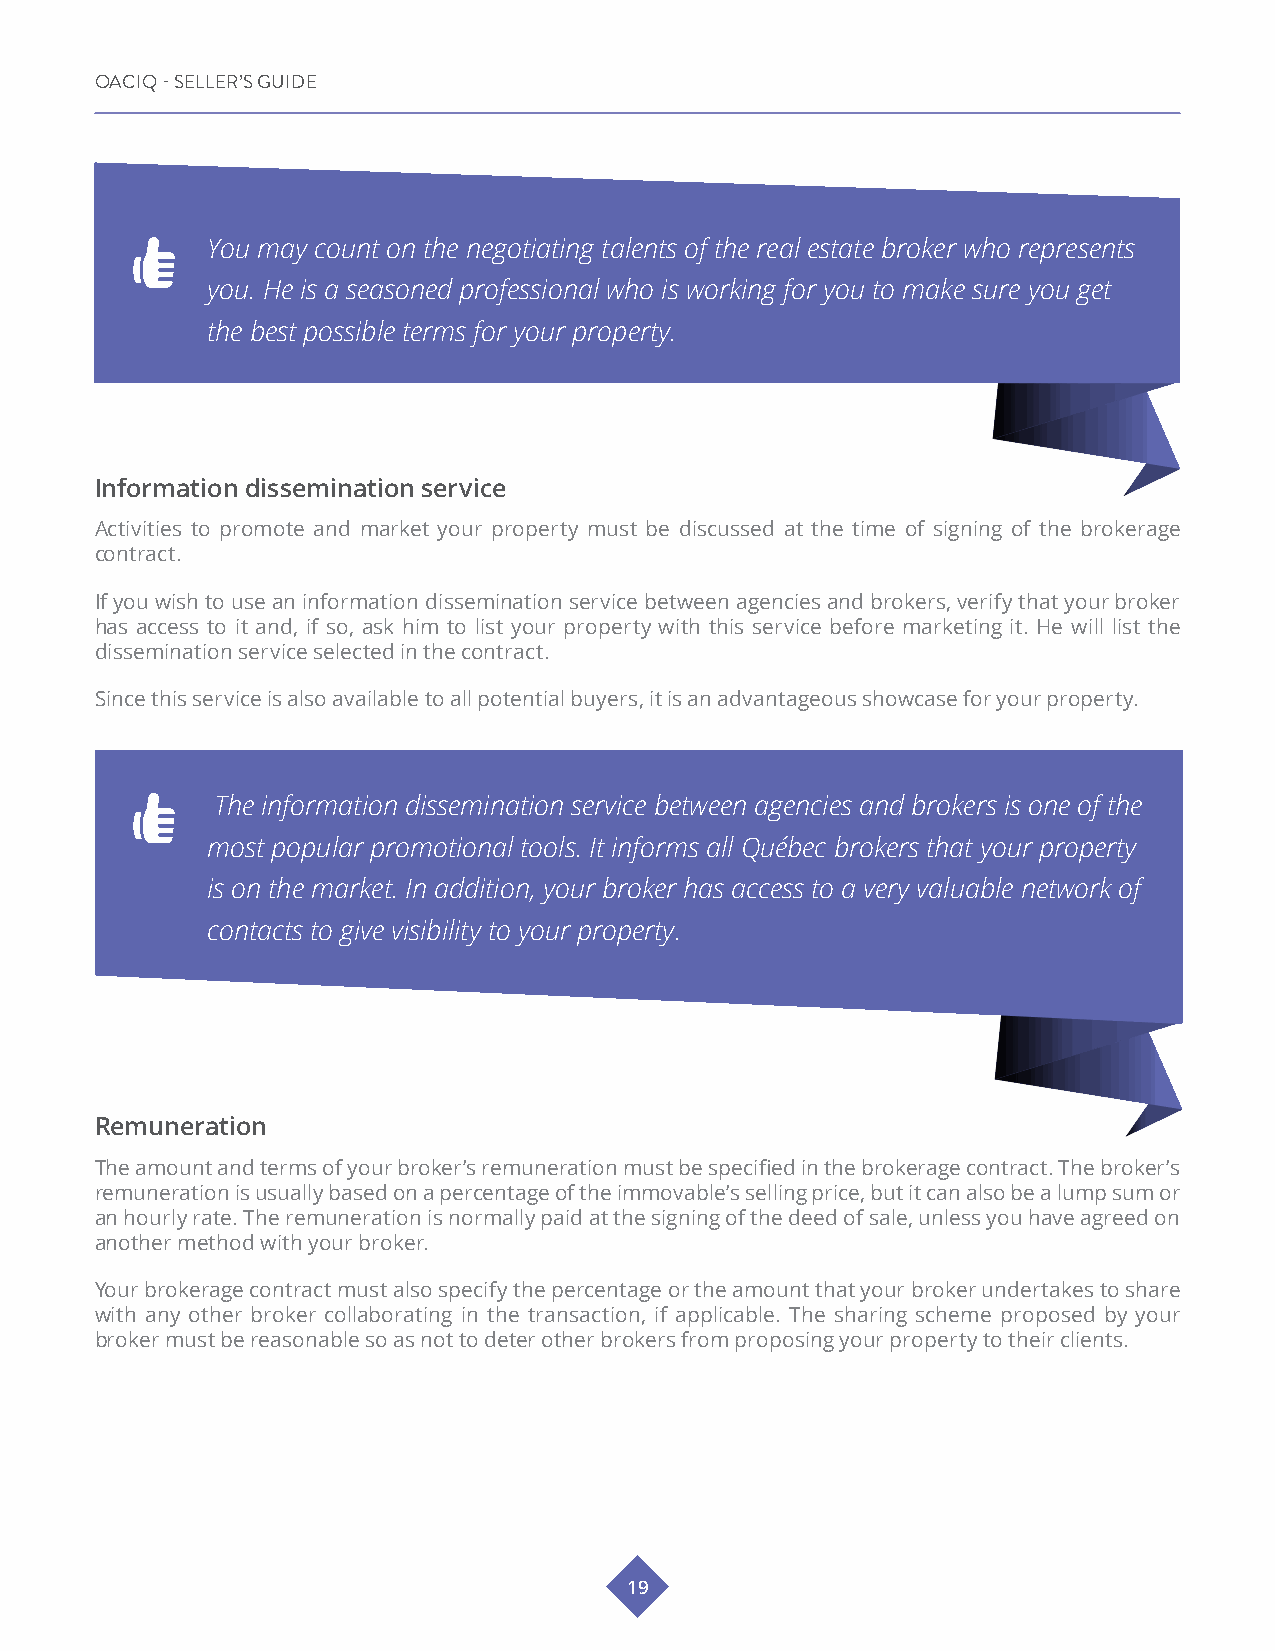
OACIQ - SELLER’S GUIDE
 You may count on the negotiating talents of the real estate broker who represents
 you. He is a seasoned professional who is working for you to make sure you get
 the best possible terms for your property.
 Information dissemination service
 Activities to promote and market your property must be discussed at the time of signing of the brokerage
 contract.
 If you wish to use an information dissemination service between agencies and brokers, verify that your broker
 has access to it and, if so, ask him to list your property with this service before marketing it. He will list the
 dissemination service selected in the contract.
 Since this service is also available to all potential buyers, it is an advantageous showcase for your property.
 The information dissemination service between agencies and brokers is one of the
 most popular promotional tools. It informs all Québec brokers that your property
 is on the market. In addition, your broker has access to a very valuable network of
 contacts to give visibility to your property.
 Remuneration
 The amount and terms of your broker’s remuneration must be specified in the brokerage contract. The broker’s
 remuneration is usually based on a percentage of the immovable’s selling price, but it can also be a lump sum or
 an hourly rate. The remuneration is normally paid at the signing of the deed of sale, unless you have agreed on
 another method with your broker.
 Your brokerage contract must also specify the percentage or the amount that your broker undertakes to share
 with any other broker collaborating in the transaction, if applicable. The sharing scheme proposed by your
 broker must be reasonable so as not to deter other brokers from proposing your property to their clients.
 19